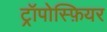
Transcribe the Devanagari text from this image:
ट्रॉपोस्फ़ियर